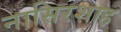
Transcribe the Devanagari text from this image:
नासिरशाह